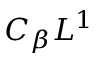
C _ { \beta } L ^ { 1 }